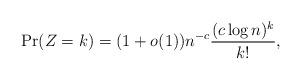
LaTeX: \begin{align*}\Pr(Z = k) = (1+o(1)) n^{-c} \frac{(c \log n)^k}{k!},\end{align*}